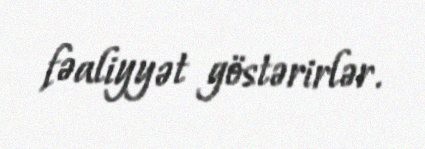
fəaliyyət göstərirlər.